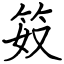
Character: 笯